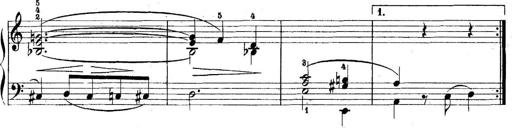
Title: 5 Sonatinas
Composer: Theodor Kirchner